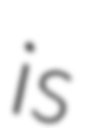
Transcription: is